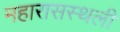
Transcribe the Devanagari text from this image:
महारासस्थली